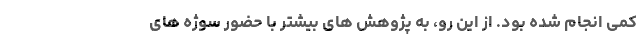
کمی انجام شده بود. از این رو، به پژوهش های بیشتر با حضور سوژه های